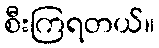
စီးကြရတယ်။